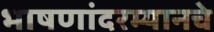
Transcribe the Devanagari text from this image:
भाषणांदरम्यानचे